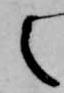
之